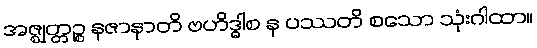
အဇ္ဈတ္တဉ္စ နဇာနာတိ ဗဟိဒ္ဓါစ န ပဿတိ စသော သုံးဂါထာ။